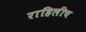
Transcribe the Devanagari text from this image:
राहिलीच